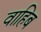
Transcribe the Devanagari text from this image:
वाहिब